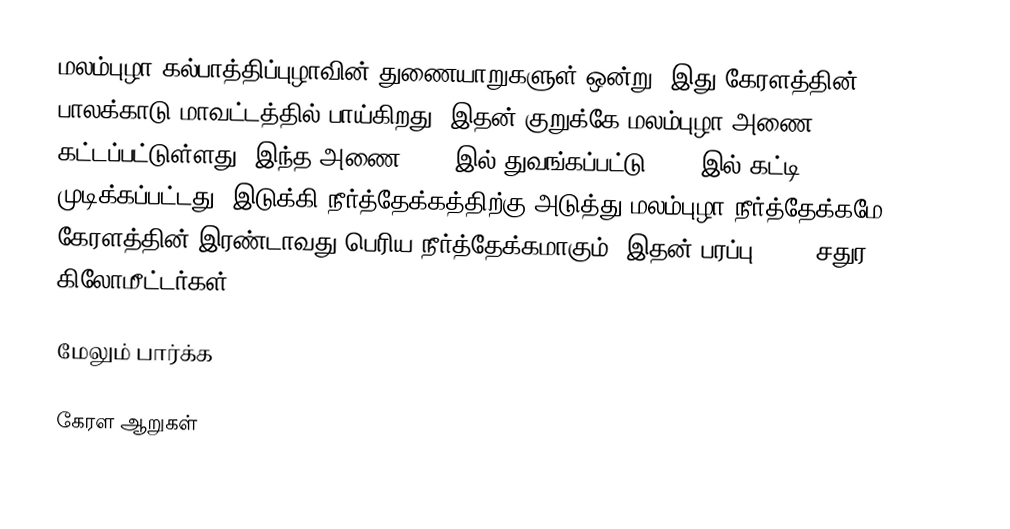
மலம்புழா கல்பாத்திப்புழாவின் துணையாறுகளுள் ஒன்று. இது கேரளத்தின் பாலக்காடு மாவட்டத்தில் பாய்கிறது. இதன் குறுக்கே மலம்புழா அணை கட்டப்பட்டுள்ளது. இந்த அணை 1949-இல் துவங்கப்பட்டு 1955-இல் கட்டி முடிக்கப்பட்டது. இடுக்கி நீர்த்தேக்கத்திற்கு அடுத்து மலம்புழா நீர்த்தேக்கமே கேரளத்தின் இரண்டாவது பெரிய நீர்த்தேக்கமாகும். இதன் பரப்பு 23.13 சதுர கிலோமீட்டர்கள்.

மேலும் பார்க்க

 கேரள ஆறுகள்